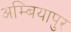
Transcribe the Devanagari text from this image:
अम्बियापुर